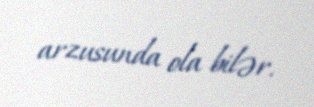
arzusunda ola bilər.